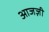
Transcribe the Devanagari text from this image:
आजज़ी